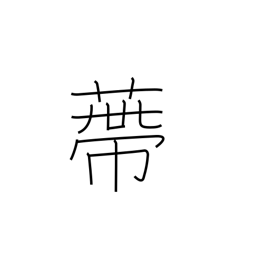
Meaning: calyx